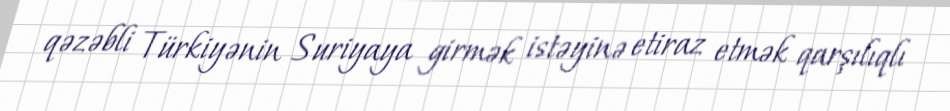
qəzəbli Türkiyənin Suriyaya girmək istəyinə etiraz etmək qarşılıqlı